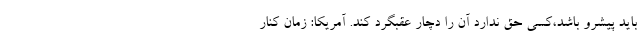
باید پیشرو باشد،کسی حق ندارد آن را دچار عقبگرد کند. آمریکا: زمان کنار